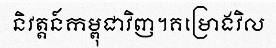
និវត្តន៍កម្ពុជាវិញ។គម្រោងវិល